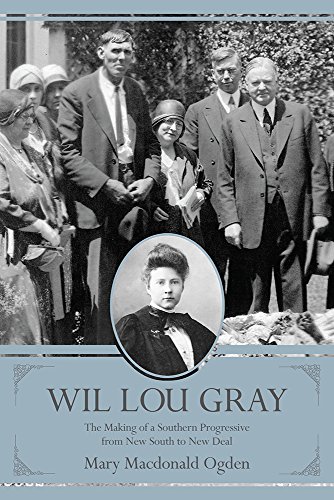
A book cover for Wil Lou Gray: The Making of a Southern Progressive from New South to New Deal; Mary Macdonald Ogden; Education & Teaching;